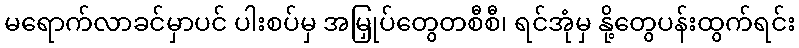
မရောက်လာခင်မှာပင် ပါးစပ်မှ အမြှုပ်တွေတစီစီ၊ ရင်အုံမှ နို့တွေပန်းထွက်ရင်း